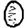
Digit: 0